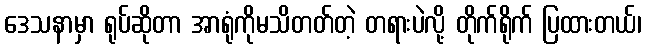
ဒေသနာမှာ ရုပ်ဆိုတာ အာရုံကိုမသိတတ်တဲ့ တရားပဲလို့ တိုက်ရိုက် ပြထားတယ်၊